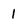
Character: 1